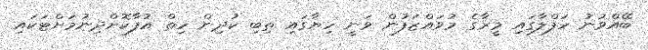
ބޭއްވުނު ހަފްލާގައި މީރާގެ މުވައްޒަފުން ވަނީ ހިޔާގައި ތިބި ކުދިން ހިތް އުފާކޮށްދިނުމަށްޓަކައި